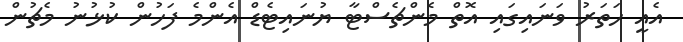
އެއީ ހަތަރު ވަނައިގައި އޮތް މެންޗެސްޓާ ޔުނައިޓެޑް އެންމެ ފަހުން ކުޅުނު މެޗުން